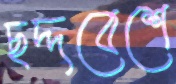
ছদ্দবেশে